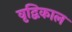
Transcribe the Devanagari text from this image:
वृद्विकाल